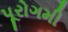
પૂરોગમી